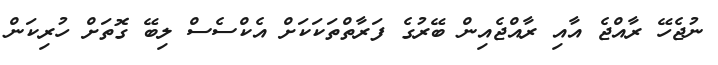
ނުޖެހޭ ރާއްޖެ އާއި ރާއްޖެއިން ބޭރުގެ ފަރާތްތަކަކަށް އެކްސެސް ލިބޭ ގޮތަށް ހުރިކަން